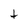
Character: t